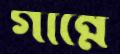
গান্নে